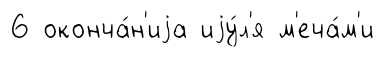
6 оконча́н'иjа иjу́л'я м'еча́м'и